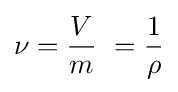
\nu ={\frac {V}{m}}\ ={\frac {1}{\rho }}